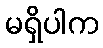
မရှိပါက